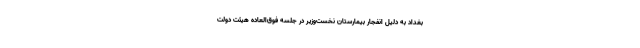
بغداد به دلیل انفجار بیمارستان نخست‌وزیر در جلسه فوق‌العاده هیئت دولت